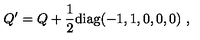
Q ^ { \prime } = Q + { \frac { 1 } { 2 } } \mathrm { d i a g } ( - 1 , 1 , 0 , 0 , 0 ) \ , \nonumber